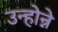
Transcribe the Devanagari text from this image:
उन्होन्ने